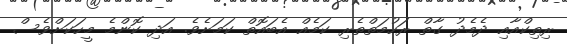
ރިތިކްއާއި ދެމެދު ގާތް ރަހުމަތްތެރި ކަމެއް އެބައޮތް ކަމަށެވެ. އަދި ކޮންމެ މީހަކަށްވެސް